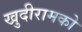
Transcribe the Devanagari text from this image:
खुदीरामको